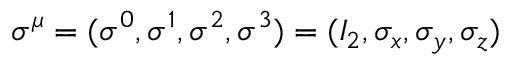
\sigma ^ { \mu } = ( \sigma ^ { 0 } , \sigma ^ { 1 } , \sigma ^ { 2 } , \sigma ^ { 3 } ) = ( I _ { 2 } , \sigma _ { x } , \sigma _ { y } , \sigma _ { z } )